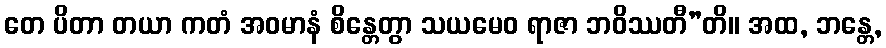
တေ ပိတာ တယာ ကတံ အဝမာနံ စိန္တေတွာ သယမေဝ ရာဇာ ဘဝိဿတီ”တိ။ အထ, ဘန္တေ,